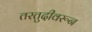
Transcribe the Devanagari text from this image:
तरतुदीवरून